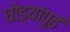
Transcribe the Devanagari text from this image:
घोड्यांपुढं